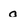
Character: o